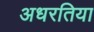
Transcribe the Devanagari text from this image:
अधरतिया